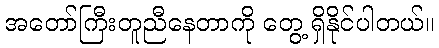
အတော်ကြီးတူညီနေတာကို တွေ့ ရှိနိုင်ပါတယ်။